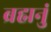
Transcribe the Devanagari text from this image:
ब्रह्मनुं